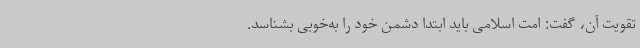
تقویت آن، گفت: امت اسلامی باید ابتدا دشمن خود را به‌خوبی بشناسد.